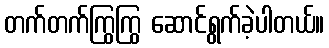
တက်တက်ကြွကြွ ဆောင်ရွက်ခဲ့ပါတယ်။